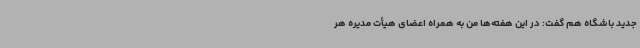
جدید باشگاه هم گفت: در این هفته‌ها من به همراه اعضای هیأت مدیره هر